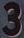
3